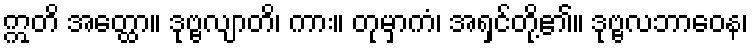
ဣတိ အတ္ထော။ ဒုဗ္ဗလျာတိ၊ ကား။ တုမှာကံ၊ အရှင်တို့၏။ ဒုဗ္ဗလဘာဝေန၊